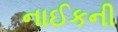
નાઈકની